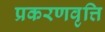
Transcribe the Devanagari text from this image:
प्रकरणवृत्ति